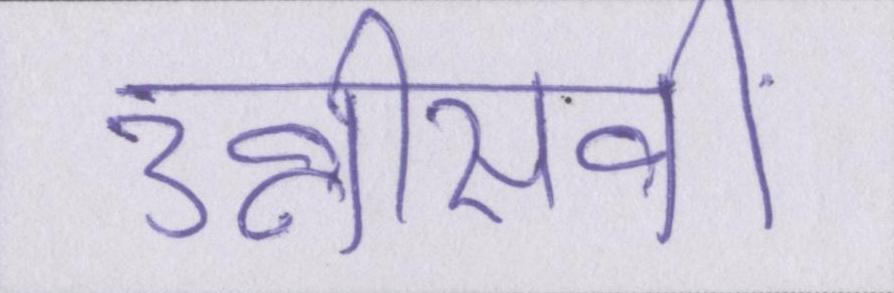
उन्नीसवीं